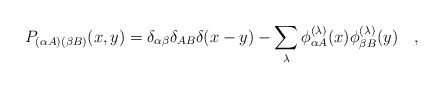
\begin{align*}P_{(\alpha A)(\beta B)}(x,y)=\delta_{\alpha\beta}\delta_{AB}\delta(x-y)- \sum_\lambda \phi^{(\lambda)}_{\alpha A}(x)\phi^{(\lambda)}_{\beta B}(y) \quad,\end{align*}